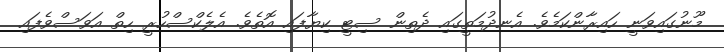
މޫނުގައިވަނީ ހައިރާންކަމެވެ. އެނދުމަތީގައި ދެތިން ސިޓީ ކިޔާފައި އޮތެވެ. އެލެކްސްހުރީ ހިތް އަވަސްވެފައި